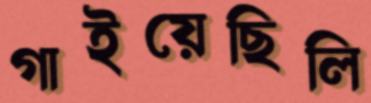
গাইয়েছিলি